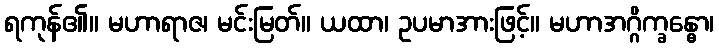
ရကုန်၏။ မဟာရာဇ၊ မင်းမြတ်။ ယထာ၊ ဥပမာအားဖြင့်။ မဟာအဂ္ဂိက္ခန္ဓော၊